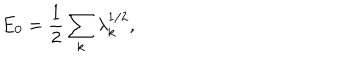
LaTeX: E _ { 0 } = \frac { 1 } { 2 } \sum _ { k } \lambda _ { k } ^ { 1 / 2 } ,